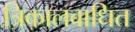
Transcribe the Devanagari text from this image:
त्रिकालबाधित